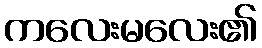
ကလေးမလေး၏